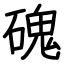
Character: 磈